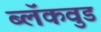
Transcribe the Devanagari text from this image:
ब्लॅकवुड